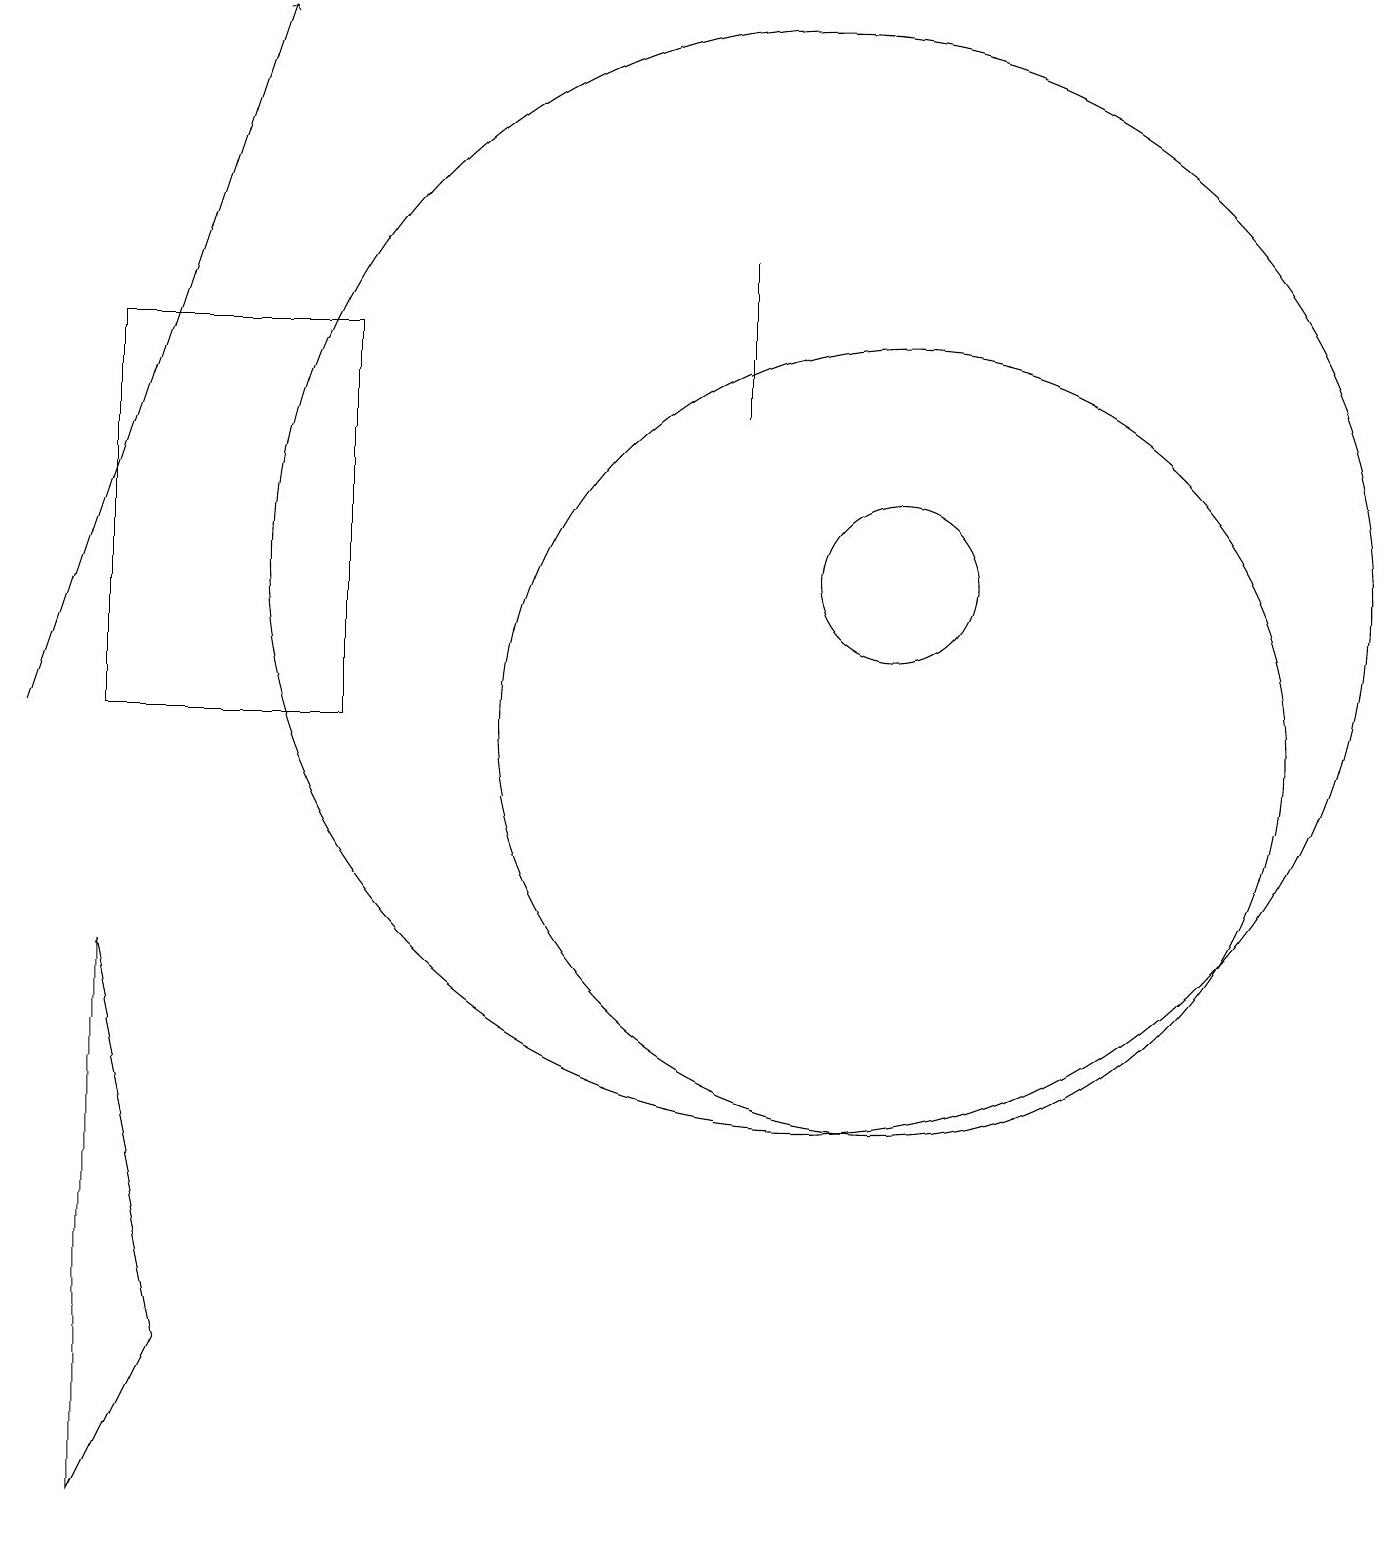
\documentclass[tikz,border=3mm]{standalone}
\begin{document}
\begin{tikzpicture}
\draw[->] (0,10) -- (3,19);
\draw (11,12) circle (1);
\draw (1,10) rectangle (4,15);
\draw (10,12) circle (7);
\draw (1,0) -- (1,7) -- (2,2) -- cycle;
\draw (11,10) circle (5);
\draw (9,16) rectangle (9,14);
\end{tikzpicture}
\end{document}